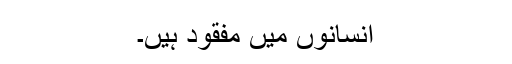
انسانوں میں مفقود ہیں۔